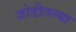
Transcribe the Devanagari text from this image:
जोडीतल्या